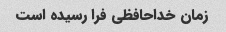
زمان خداحافظی فرا رسیده است